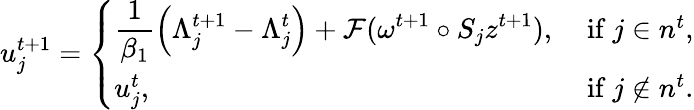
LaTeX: \begin{array}{r}{u_{j}^{t+1}=\left\{ \begin{array}{ll}{\displaystyle\frac{1}{\beta_{1}}\left(\Lambda_{j}^{t+1}-\Lambda_{j}^{t}\right)+\mathcal{F}(\omega^{t+1}\circ S_{j}z^{t+1}),}&{\mathrm{~if~}j\in n^{t},}\\ {u_{j}^{t},}&{\mathrm{~if~}j\not\in n^{t}.}\end{array}\right.}\end{array}